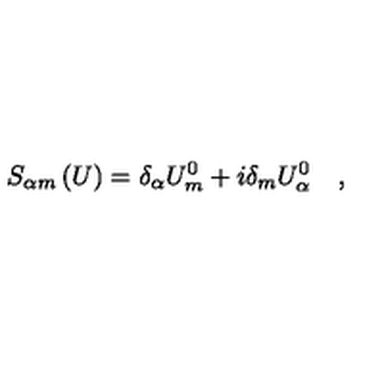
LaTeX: S _ { \alpha m } \left( U \right) = \delta _ { \alpha } U _ { m } ^ { 0 } + i \delta _ { m } U _ { \alpha } ^ { 0 } \quad ,